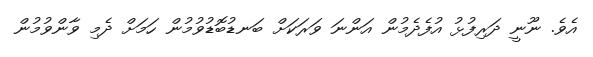
އެވެ. ނޫނީ ދަރިފުޅު އުފެދެމުން އަންނަ ވަރަކަށް ބަނޑުބޮޑުވުމުން ހަމަށް ދެމި ވާންވުމުން